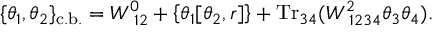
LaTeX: \{ \theta _ { 1 } , \theta _ { 2 } \} _ { \mathrm { c . b . } } = W _ { ~ 1 2 } ^ { 0 } + \left\{ \theta _ { 1 } [ \theta _ { 2 } , r ] \right\} + \mathrm { T r } _ { 3 4 } ( W _ { ~ 1 2 3 4 } ^ { 2 } \theta _ { 3 } \theta _ { 4 } ) .